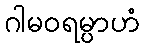
ဂါမဝရမ္ပာဟံ